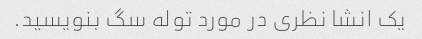
یک انشا نظری در مورد توله سگ بنویسید.